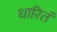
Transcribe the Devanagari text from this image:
धारितं